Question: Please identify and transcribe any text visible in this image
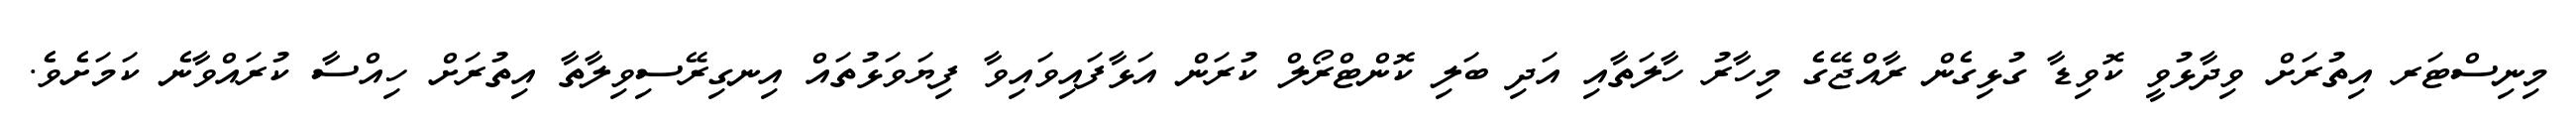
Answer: މިނިސްޓަރ އިތުރަށް ވިދާޅުވީ ކޮވިޑާ ގުޅިގެން ރާއްޖޭގެ މިހާރު ހާލަތާއި އަދި ބަލި ކޮންޓްރޯލް ކުރަން އަޅާފައިވައިވާ ފިޔަވަޅުތައް އިނގިރޭސިވިލާތާ އިތުރަށް ހިއްސާ ކުރައްވާނެ ކަމަށެވެ.